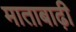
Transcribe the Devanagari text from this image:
माताबाढ़ी